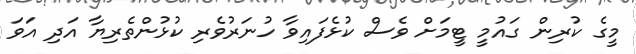
މީގެ ކުރިން ގައުމީ ޓީމަށް ވެސް ކުޅެފައިވާ ހުނަރުވެރި ކުޅުންތެރިޔާ އަދި އަވަ